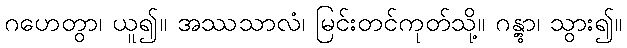
ဂဟေတွာ၊ ယူ၍။ အဿသာလံ၊ မြင်းတင်ကုတ်သို့။ ဂန္တွာ၊ သွား၍။